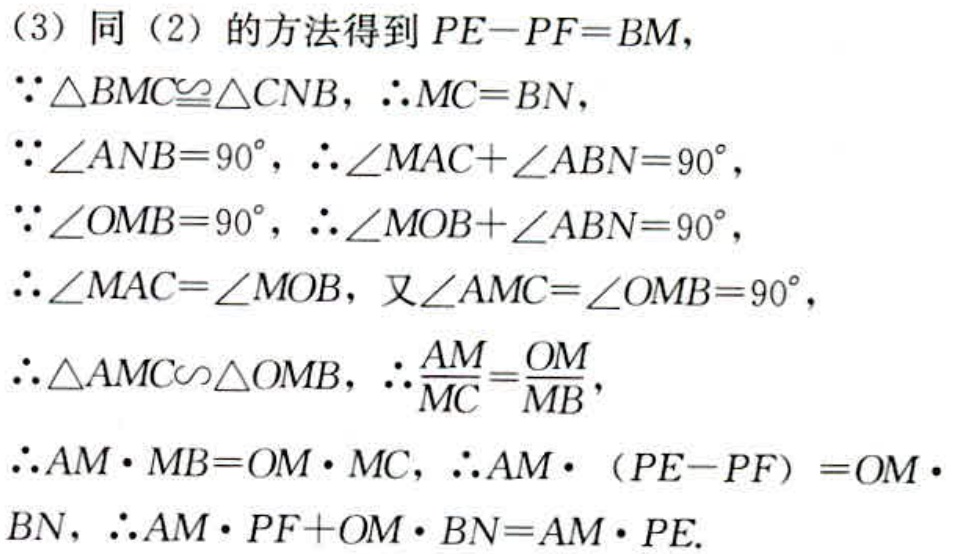
（3）同（2）的方法得到 \(PE - PF = BM\)，
\(\because\triangle BMC\cong\triangle CNB\)，\(\therefore MC = BN\)，
\(\because\angle ANB = 90^{\circ}\)，\(\therefore\angle MAC+\angle ABN = 90^{\circ}\)，
\(\because\angle OMB = 90^{\circ}\)，\(\therefore\angle MOB+\angle ABN = 90^{\circ}\)，
\(\therefore\angle MAC=\angle MOB\)，又\(\angle AMC=\angle OMB = 90^{\circ}\)，
\(\therefore\triangle AMC\sim\triangle OMB\)，\(\therefore\frac{AM}{MC}=\frac{OM}{MB}\)，
\(\therefore AM\cdot MB = OM\cdot MC\)，\(\therefore AM\cdot (PE - PF)=OM\cdot BN\)，\(\therefore AM\cdot PF + OM\cdot BN = AM\cdot PE\).